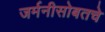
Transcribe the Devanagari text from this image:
जर्मनीसोबतचे